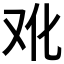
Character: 𰆳